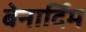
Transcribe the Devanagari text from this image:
बेनार्दिम